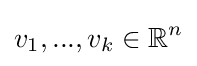
v_{1},...,v_{k}\in \mathbb {R} ^{n}